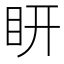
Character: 䀘